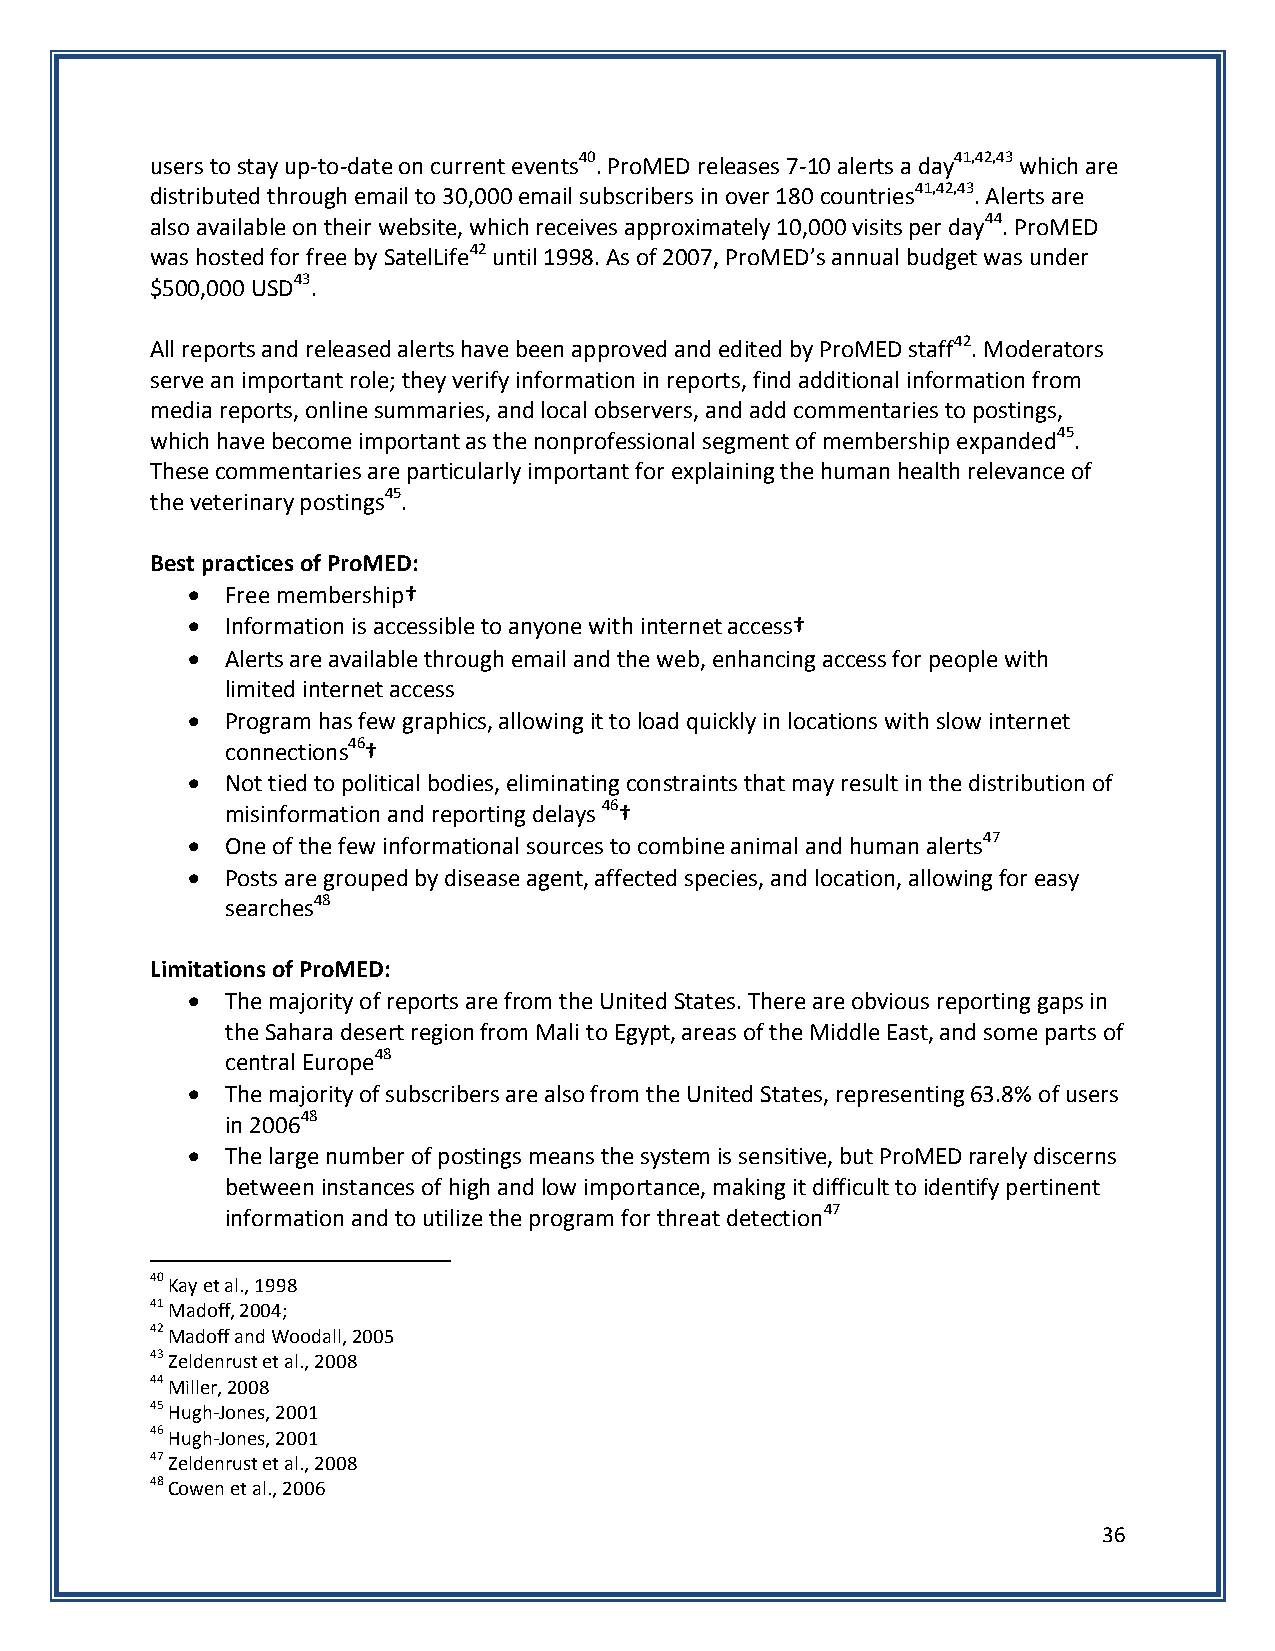
users to stay up-to-date on current events40. ProMED releases 7-10 alerts a day41,42,43 which are
 distributed through email to 30,000 email subscribers in over 180 countries41,42,43. Alerts are
 also available on their website, which receives approximately 10,000 visits per day44. ProMED
 was hosted for free by SatelLife42 until 1998. As of 2007, ProMED’s annual budget was under
 $500,000 USD43.
 All reports and released alerts have been approved and edited by ProMED staff42. Moderators
 serve an important role; they verify information in reports, find additional information from
 media reports, online summaries, and local observers, and add commentaries to postings,
 which have become important as the nonprofessional segment of membership expanded45.
 These commentaries are particularly important for explaining the human health relevance of
 the veterinary postings45.
 Best practices of ProMED:
   Free membership†
   Information is accessible to anyone with internet access†
   Alerts are available through email and the web, enhancing access for people with
 limited internet access
   Program has few graphics, allowing it to load quickly in locations with slow internet
 connections46†
   Not tied to political bodies, eliminating constraints that may result in the distribution of
 misinformation and reporting delays 46†
   One of the few informational sources to combine animal and human alerts47
   Posts are grouped by disease agent, affected species, and location, allowing for easy
 searches48
 Limitations of ProMED:
   The majority of reports are from the United States. There are obvious reporting gaps in
 the Sahara desert region from Mali to Egypt, areas of the Middle East, and some parts of
 central Europe48
   The majority of subscribers are also from the United States, representing 63.8% of users
 in 200648
   The large number of postings means the system is sensitive, but ProMED rarely discerns
 between instances of high and low importance, making it difficult to identify pertinent
 information and to utilize the program for threat detection47
 40 Kay et al., 1998
 41 Madoff, 2004;
 42 Madoff and Woodall, 2005
 43 Zeldenrust et al., 2008
 44 Miller, 2008
 45 Hugh-Jones, 2001
 46 Hugh-Jones, 2001
 47 Zeldenrust et al., 2008
 48 Cowen et al., 2006
 36